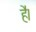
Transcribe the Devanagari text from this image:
हे॑।